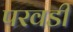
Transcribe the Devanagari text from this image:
परवडी